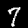
Digit: 7